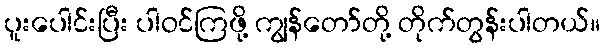
ပူးပေါင်းပြီး ပါဝင်ကြဖို့ ကျွန်တော်တို့ တိုက်တွန်းပါတယ်။